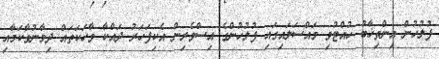
ފުލުހުން އިންތިޚާބު ހުއްޓުވި މައްސަލައިގައި ފުލުހުންގެ އިސްވެރިން އެކިފަހަރު ދައްކާ ވާހަކަތައް ދިމާނުވާކަމާއި